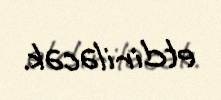
etdiriləcək.